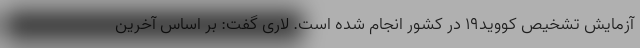
آزمایش تشخیص کووید۱۹ در کشور انجام شده است. لاری گفت: بر اساس آخرین